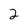
Character: 2